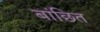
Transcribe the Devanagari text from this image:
बांछित